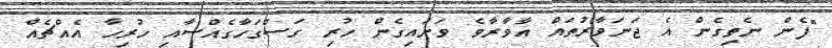
"ފެން ނެތިގެން އެ ޖަނަވާރުތައް އާވާރާވެ ވަށައިގެން ހުރި ގަސްގަހާގެއްސާއި ހުރިހާ އެއްޗެއް